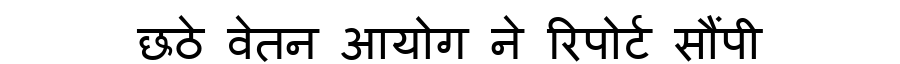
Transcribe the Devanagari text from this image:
छठे वेतन आयोग ने रिपोर्ट सौंपी